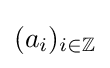
(a_{i})_{i\in \mathbb {Z} }